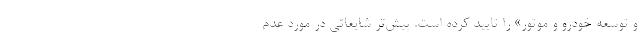
و توسعه خودرو و موتور» را تایید کرده است. پیش‌تر شایعاتی در مورد عدم